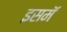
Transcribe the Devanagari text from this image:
इसमॅ